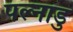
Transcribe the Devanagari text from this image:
पल्नाडु